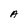
Character: A